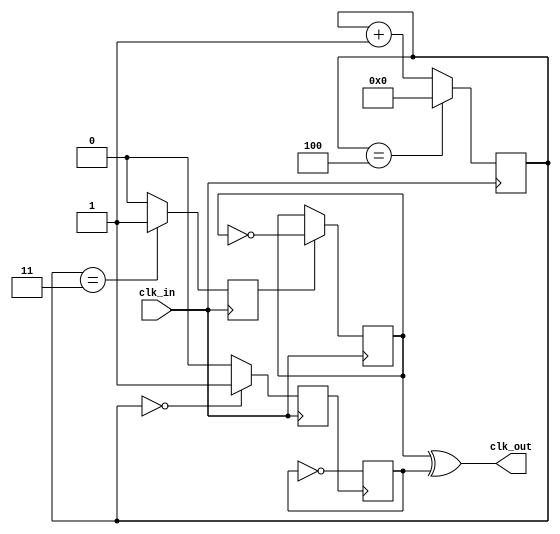
`timescale 1ns / 1ps

////////////////////////////////////////////////////////////////////////////////
// Company: 
// Engineer:
//
// Project Name:  clk_div_odd
//Author name: Ummidi Chandrika

////////////////////////////////////////////////////////////////////////////////


module clk_div_odd
#(parameter N=5)
(
 input   clk_in,
 output   clk_out
    );

reg  [3:0] count = 4'b0;        //4-bit counter
reg     A1 = 0;
reg       B1 = 0;
reg     Tff_A = 0;
reg    Tff_B = 0;
wire    clock_out;
wire    wTff_A;
wire    wTff_B;

//Connects registers to wires for combinational logic
assign   wTff_A  = Tff_A; 
assign   wTff_B  = Tff_B; 

assign   clk_out = wTff_B ^ wTff_A; //XOR gate 

//Counter for division by N
always@(posedge clk_in)
 begin
  if(count == N-1) //Count to N-1. 
   begin // Example: Use 4 to divide by 5          
    count <= 4'b0000;
   end 
  else
   begin
    count <= count + 1;
   end 
 end

//Set A to high for one clock cycle when counter is 0
always@(posedge clk_in)
 begin
  if(count == 4'b0000)
   A1 <= 1;
  else
   A1 <= 0;
 end

//Sets B to high for one clock cycle when counter is (N+1)/2
always@(posedge clk_in)
 begin
  if(count == (N+1)/2) //Use (N+1)/2
   B1 <= 1; //Ex: (5+1)/2 = 3
  else
   B1 <= 0;
 end

//T flip flop toggles 
always@(negedge A1) // Toggle signal Tff_A 
 begin   //whenever A1 goes from 1 to 0
  Tff_A <= ~Tff_A;
 end

always@(negedge clk_in)
 begin
  if(B1) // Toggle signal Tff_B whenever      
   begin //B1 is 1
    Tff_B <= ~Tff_B;
   end
 end

endmodule